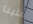
علينا